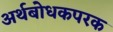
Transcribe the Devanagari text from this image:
अर्थबोधकपरक